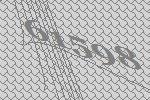
61598